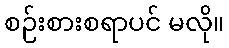
စဉ်းစားစရာပင် မလို။